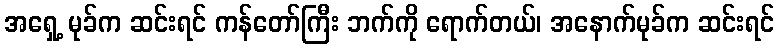
အရှေ့ မုခ်က ဆင်းရင် ကန်တော်ကြီး ဘက်ကို ရောက်တယ်၊ အနောက်မုခ်က ဆင်းရင်